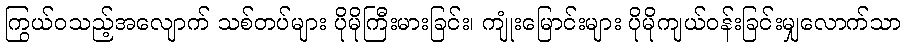
ကြွယ်ဝသည့်အလျောက် သစ်တပ်များ ပိုမိုကြီးမားခြင်း၊ ကျုံးမြောင်းများ ပိုမိုကျယ်ဝန်းခြင်းမျှလောက်သာ